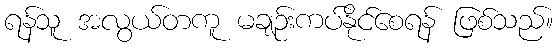
ရန်သူ အလွယ်တကူ မချဉ်းကပ်နိုင်စေရန် ဖြစ်သည်။